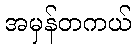
အမှန်တကယ်